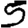
Digit: 5